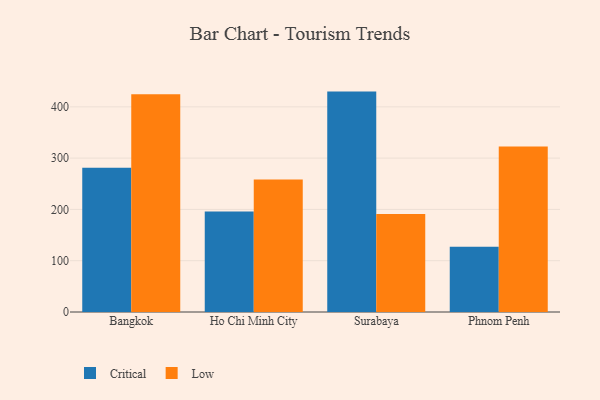
{"axis": {"x": "City", "y": "Backlog"}, "legend": ["Critical", "Low"], "data": [{"x": "Bangkok", "y": 281.2, "type": "Critical"}, {"x": "Bangkok", "y": 424.3, "type": "Low"}, {"x": "Ho Chi Minh City", "y": 195.8, "type": "Critical"}, {"x": "Ho Chi Minh City", "y": 258.4, "type": "Low"}, {"x": "Surabaya", "y": 429.7, "type": "Critical"}, {"x": "Surabaya", "y": 191.3, "type": "Low"}, {"x": "Phnom Penh", "y": 127.2, "type": "Critical"}, {"x": "Phnom Penh", "y": 322.8, "type": "Low"}]}